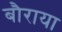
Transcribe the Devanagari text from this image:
बौराया